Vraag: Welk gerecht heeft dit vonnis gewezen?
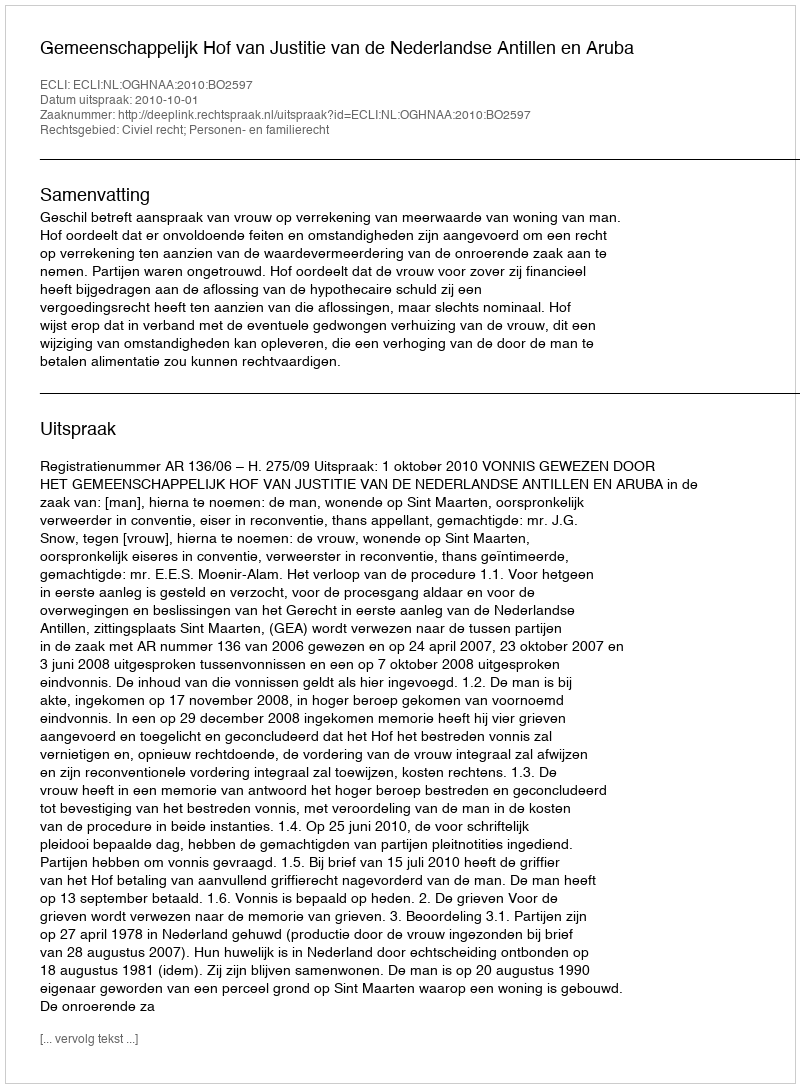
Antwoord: Gemeenschappelijk Hof van Justitie van de Nederlandse Antillen en Aruba